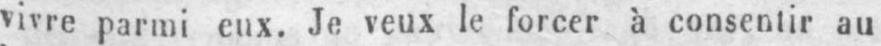
vivre parmi eux. Je veux le forcer à consentir au